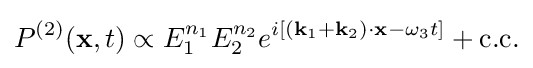
P^{(2)}(\mathbf {x} ,t)\propto E_{1}^{n_{1}}E_{2}^{n_{2}}e^{i[(\mathbf {k} _{1}+\mathbf {k} _{2})\cdot \mathbf {x} -\omega _{3}t]}+{\text{c.c.}}